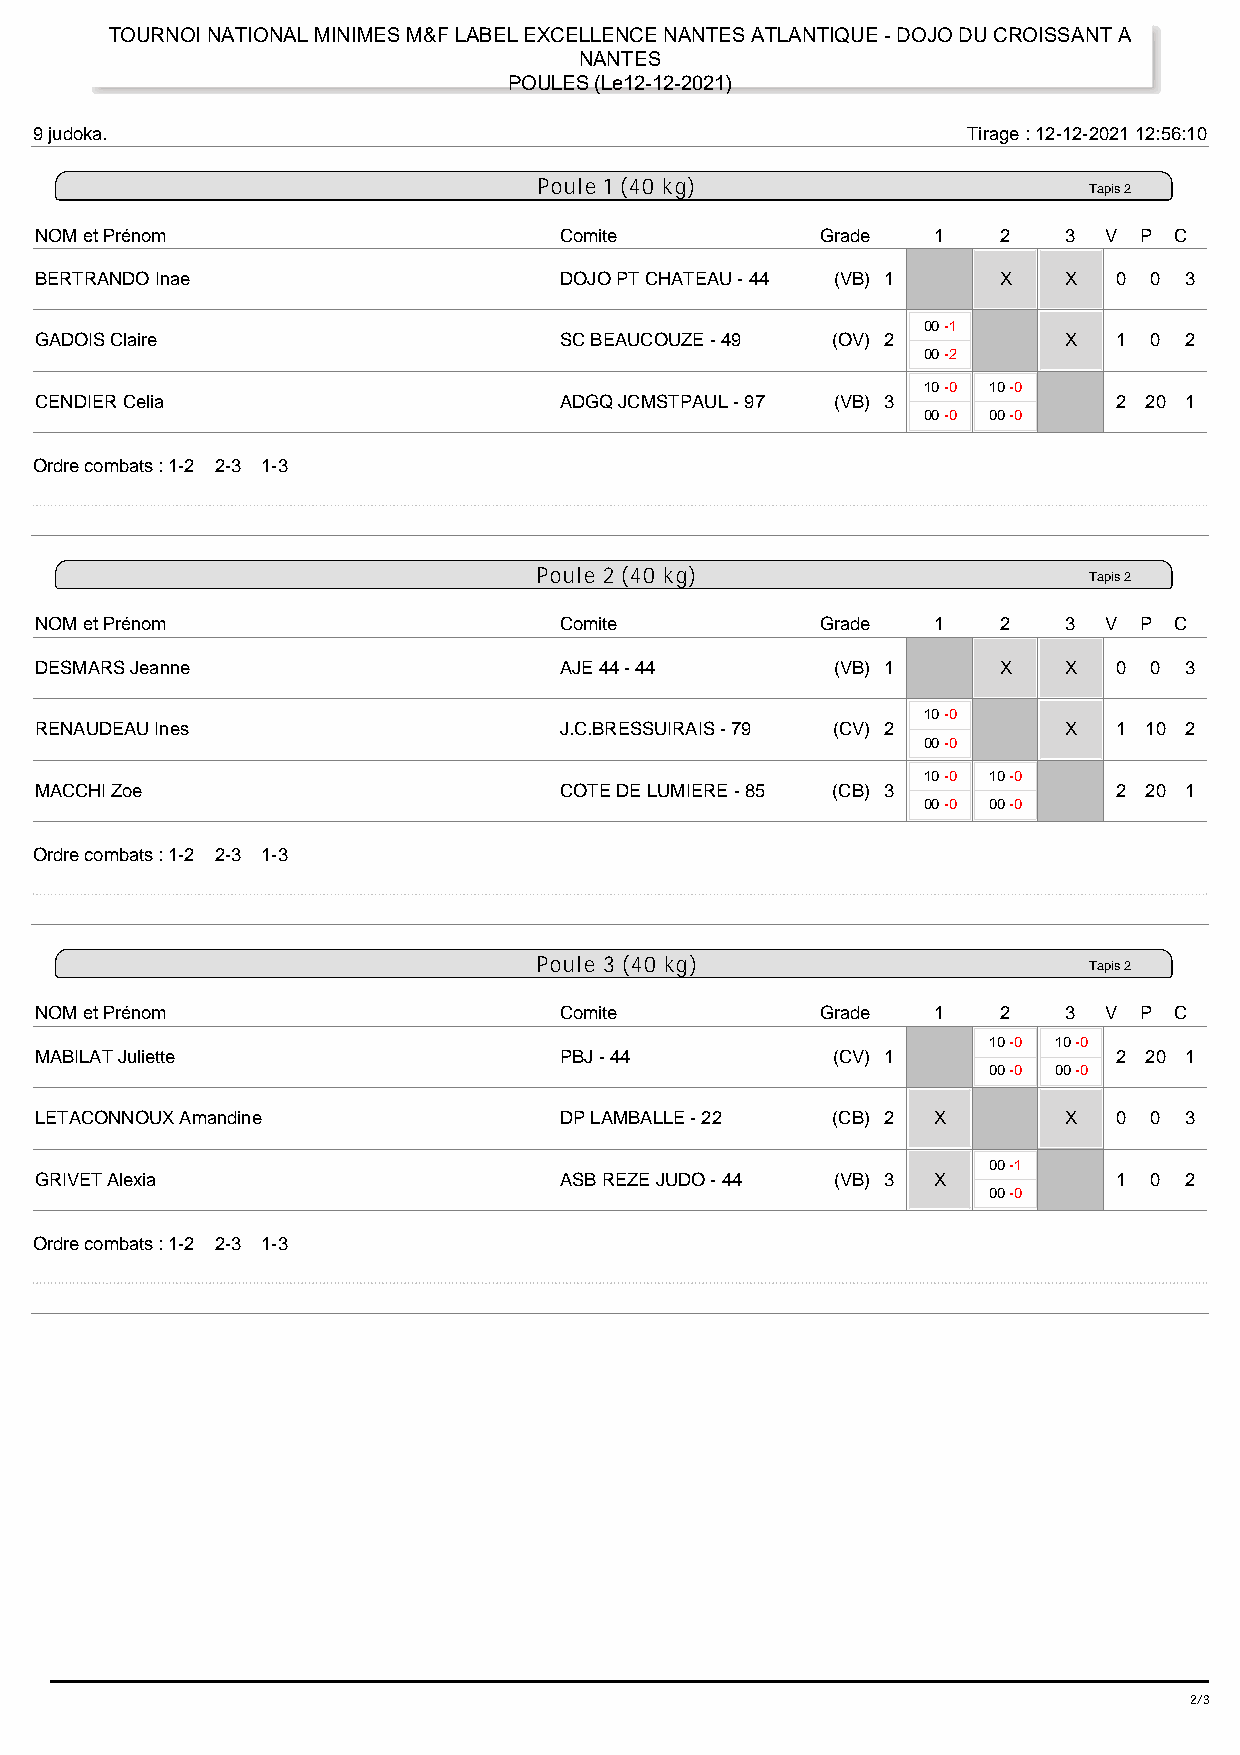
TOURNOI NATIONAL MINIMES M&F LABEL EXCELLENCE NANTES ATLANTIQUE - DOJO DU CROISSANT A
 NANTES
 POULES (Le12-12-2021)
 9 judoka.                                                     Tirage : 12-12-2021 12:56:10
 Poule 1 (40 kg)
 Tapis 2
 NOM et Prénom                      Comite           Grade   1   2    3 V P  C
 BERTRANDO Inae                     DOJO PT CHATEAU - 44 (VB) 1  X    X  0 0 3
 00 -1
 GADOIS Claire                      SC BEAUCOUZE - 49 (OV) 2          X  1 0 2
 00 -2
 10 -0 10 -0
 CENDIER Celia                      ADGQ JCMSTPAUL - 97 (VB) 3           2 20 1
 00 -0 00 -0
 Ordre combats : 1-2 2-3 1-3
 Poule 2 (40 kg)
 Tapis 2
 NOM et Prénom                      Comite           Grade   1   2    3 V P  C
 DESMARS Jeanne                     AJE 44 - 44       (VB) 1     X    X  0 0 3
 10 -0
 RENAUDEAU Ines                     J.C.BRESSUIRAIS - 79 (CV) 2       X  1 10 2
 00 -0
 10 -0 10 -0
 MACCHI Zoe                         COTE DE LUMIERE - 85 (CB) 3          2 20 1
 00 -0 00 -0
 Ordre combats : 1-2 2-3 1-3
 Poule 3 (40 kg)
 Tapis 2
 NOM et Prénom                      Comite           Grade   1   2    3 V P  C
 10 -0 10 -0
 MABILAT Juliette                   PBJ - 44          (CV) 1             2 20 1
 00 -0 00 -0
 LETACONNOUX Amandine               DP LAMBALLE - 22  (CB) 2 X        X  0 0 3
 00 -1
 GRIVET Alexia                      ASB REZE JUDO - 44 (VB) 3 X          1 0 2
 00 -0
 Ordre combats : 1-2 2-3 1-3
 2/37